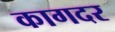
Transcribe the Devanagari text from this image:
कागदर